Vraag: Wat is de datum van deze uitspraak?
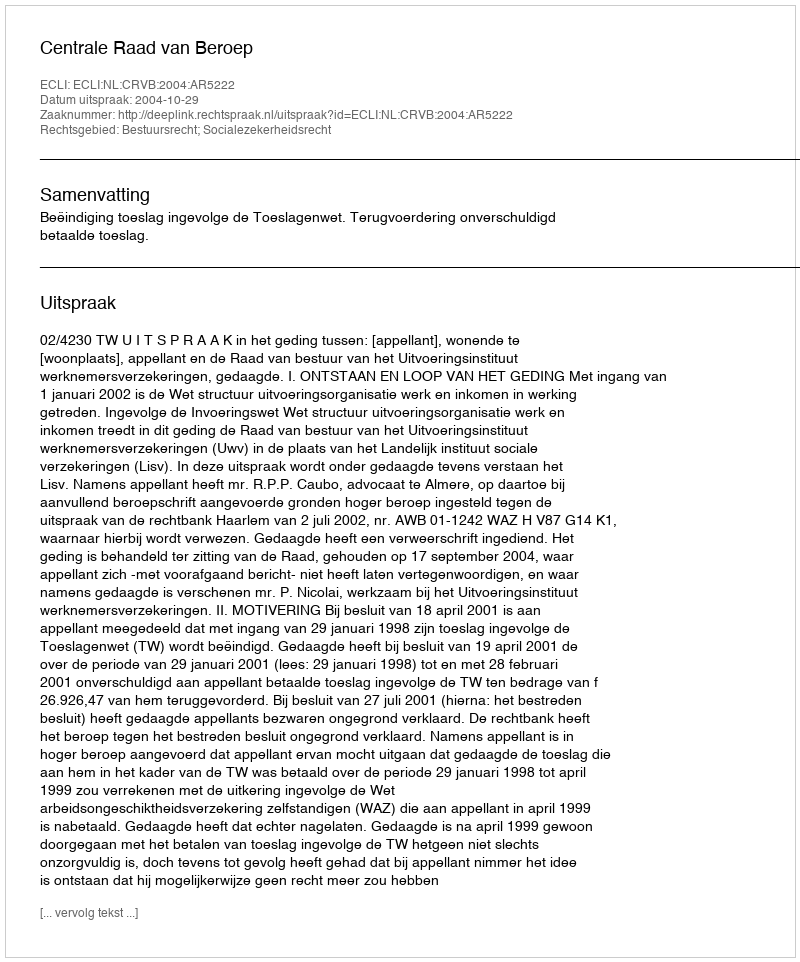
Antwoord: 2004-10-29